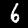
Label: 6